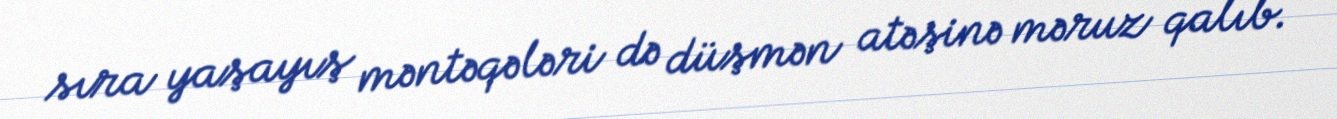
sıra yaşayış məntəqələri də düşmən atəşinə məruz qalıb.